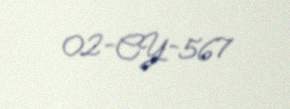
02-CY-567